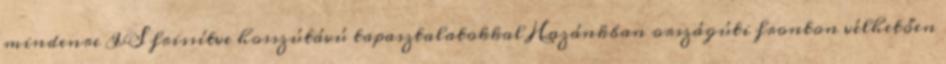
mindenre IS frissítve hosszútávú tapasztalatokkal Hazánkban országúti fronton vélhetően